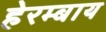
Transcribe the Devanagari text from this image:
हेरम्बाय